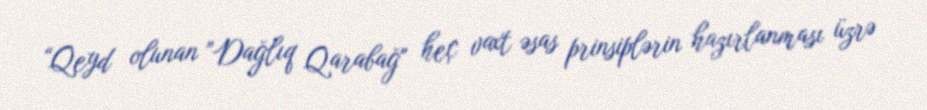
“Qeyd olunan ”Dağlıq Qarabağ" heç vaxt əsas prinsiplərin hazırlanması üzrə